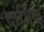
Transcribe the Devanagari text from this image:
दाभिक